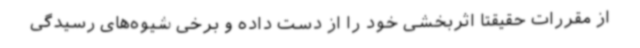
از مقررات حقیقتا اثربخشی خود را از دست داده و برخی شیوه‌های رسیدگی